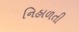
નિહાળતી